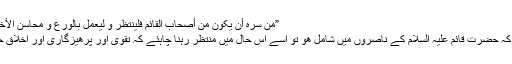
”مَنْ سَرَّہُ اٴنْ یَکُوْنَ مِنْ اٴصْحَابِ الْقَائِمِ فَلْیَنْتَظِرْ وَ لِیَعْمَلْ بِالْوَرَعِ وَ مَحَاسِنِ الاٴخْلاَقِ وَ ہُوَ مُنْتَظِر“([12])
”جو شخص یہ چاھتا ھو کہ حضرت قائم علیہ السلام کے ناصروں میں شامل ھو تو اسے اس حال میں منتظر رہنا چاہئے کہ تقویٰ اور پرھیزگاری اور اخلاق حسنہ سے آراستہ رھے“۔